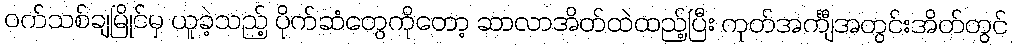
ဝက်သစ်ချမြိုင်မှ ယူခဲ့သည့် ပိုက်ဆံတွေကိုတော့ ဆာလာအိတ်ထဲထည့်ပြီး ကုတ်အင်္ကျီအတွင်းအိတ်တွင်